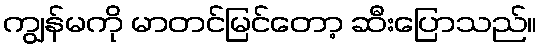
ကျွန်မကို မာတင်မြင်တော့ ဆီးပြောသည်။